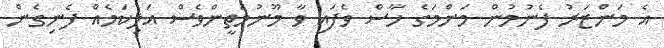
އެ މަންޒަރު ފެނުމުން މަންމަގެ ހާސް ވެފައި ވާ މޫނުމަތީންވެސް އަލިކަމެއް ފެނިގެން